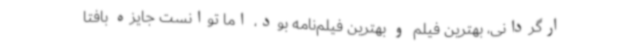
ارگردانی، بهترین فیلم و بهترین فیلم‌نامه بود، اما توانست جایزه بافتا